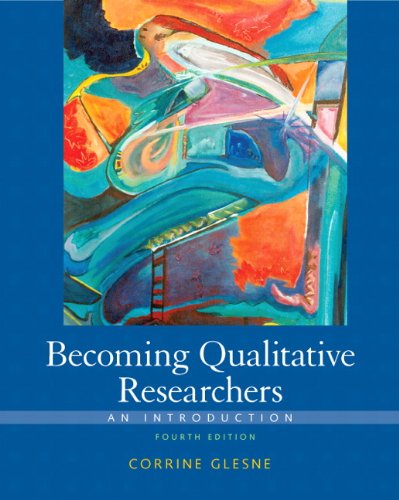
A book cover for Becoming Qualitative Researchers: An Introduction (4th Edition); Corrine Glesne; Politics & Social Sciences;